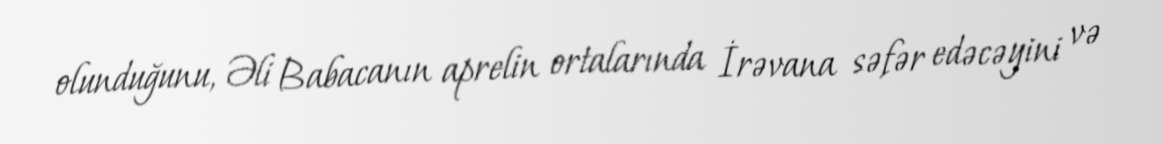
olunduğunu, Əli Babacanın aprelin ortalarında İrəvana səfər edəcəyini və